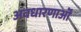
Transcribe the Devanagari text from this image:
अवधारणाऒं